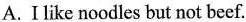
A. I like noodles but not beef.